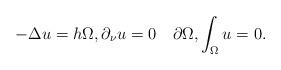
LaTeX: \begin{align*} -\Delta u =h\Omega,\partial_\nu u=0\quad\partial \Omega,\int_\Omega u =0.\end{align*}